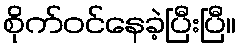
စိုက်ဝင်နေခဲ့ပြီးပြီ။